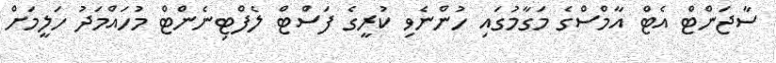
ސާޖަންޓް އެޓް އާމްސްގެ މަގާމުގައި ހުންނެވި ކުރީގެ ފަސްޓް ލެފްޓިނެންޓް މުހައްމަދު ހަލީމަށް